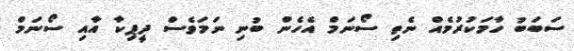
ސަބަބު ހާމަކުރުމެއް ނެތި ސޯނަމް އެހެން ބުނި ނަމަވެސް ދީޕިކާ އާއި ސޯނަމް